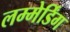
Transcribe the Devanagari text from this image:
लम्मेर्डिंग